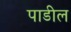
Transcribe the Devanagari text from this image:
पाडील